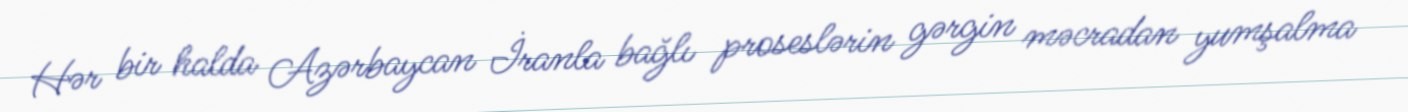
Hər bir halda Azərbaycan İranla bağlı proseslərin gərgin məcradan yumşalma